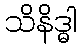
သိနိဒ္ဓါ